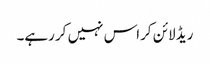
ریڈ لائن کراس نہیں کر رہے۔